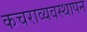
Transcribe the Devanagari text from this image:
कचराव्यवस्थापन